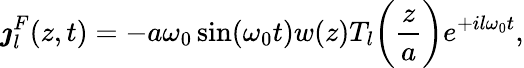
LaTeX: \boldsymbol{\jmath}_{l}^{F}(z,t)=-a\omega_{0}\sin(\omega_{0}t)w(z)T_{l}\bigg(\frac{z}{a}\bigg)e^{+il\omega_{0}t},